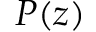
P ( z )